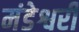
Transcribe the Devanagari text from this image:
मंडेश्वरी